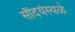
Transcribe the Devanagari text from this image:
सौंदर्यस्थळे